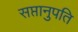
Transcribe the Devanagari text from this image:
सप्तानुपति